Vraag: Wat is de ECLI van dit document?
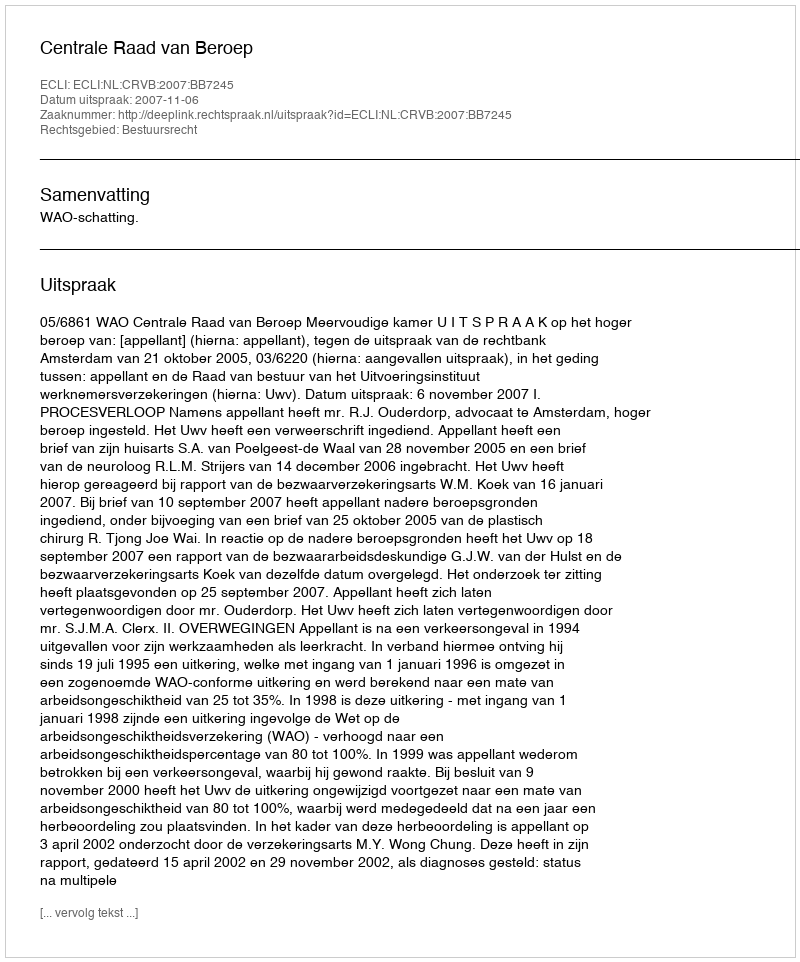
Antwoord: ECLI:NL:CRVB:2007:BB7245